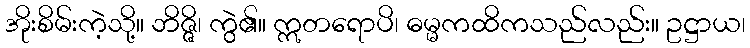
အိုးစိမ်းကဲ့သို့။ ဘိဇ္ဇိ၊ ကွဲ၏။ ဣတရောပိ၊ ဓမ္မကထိကသည်လည်း။ ဥဋ္ဌာယ၊